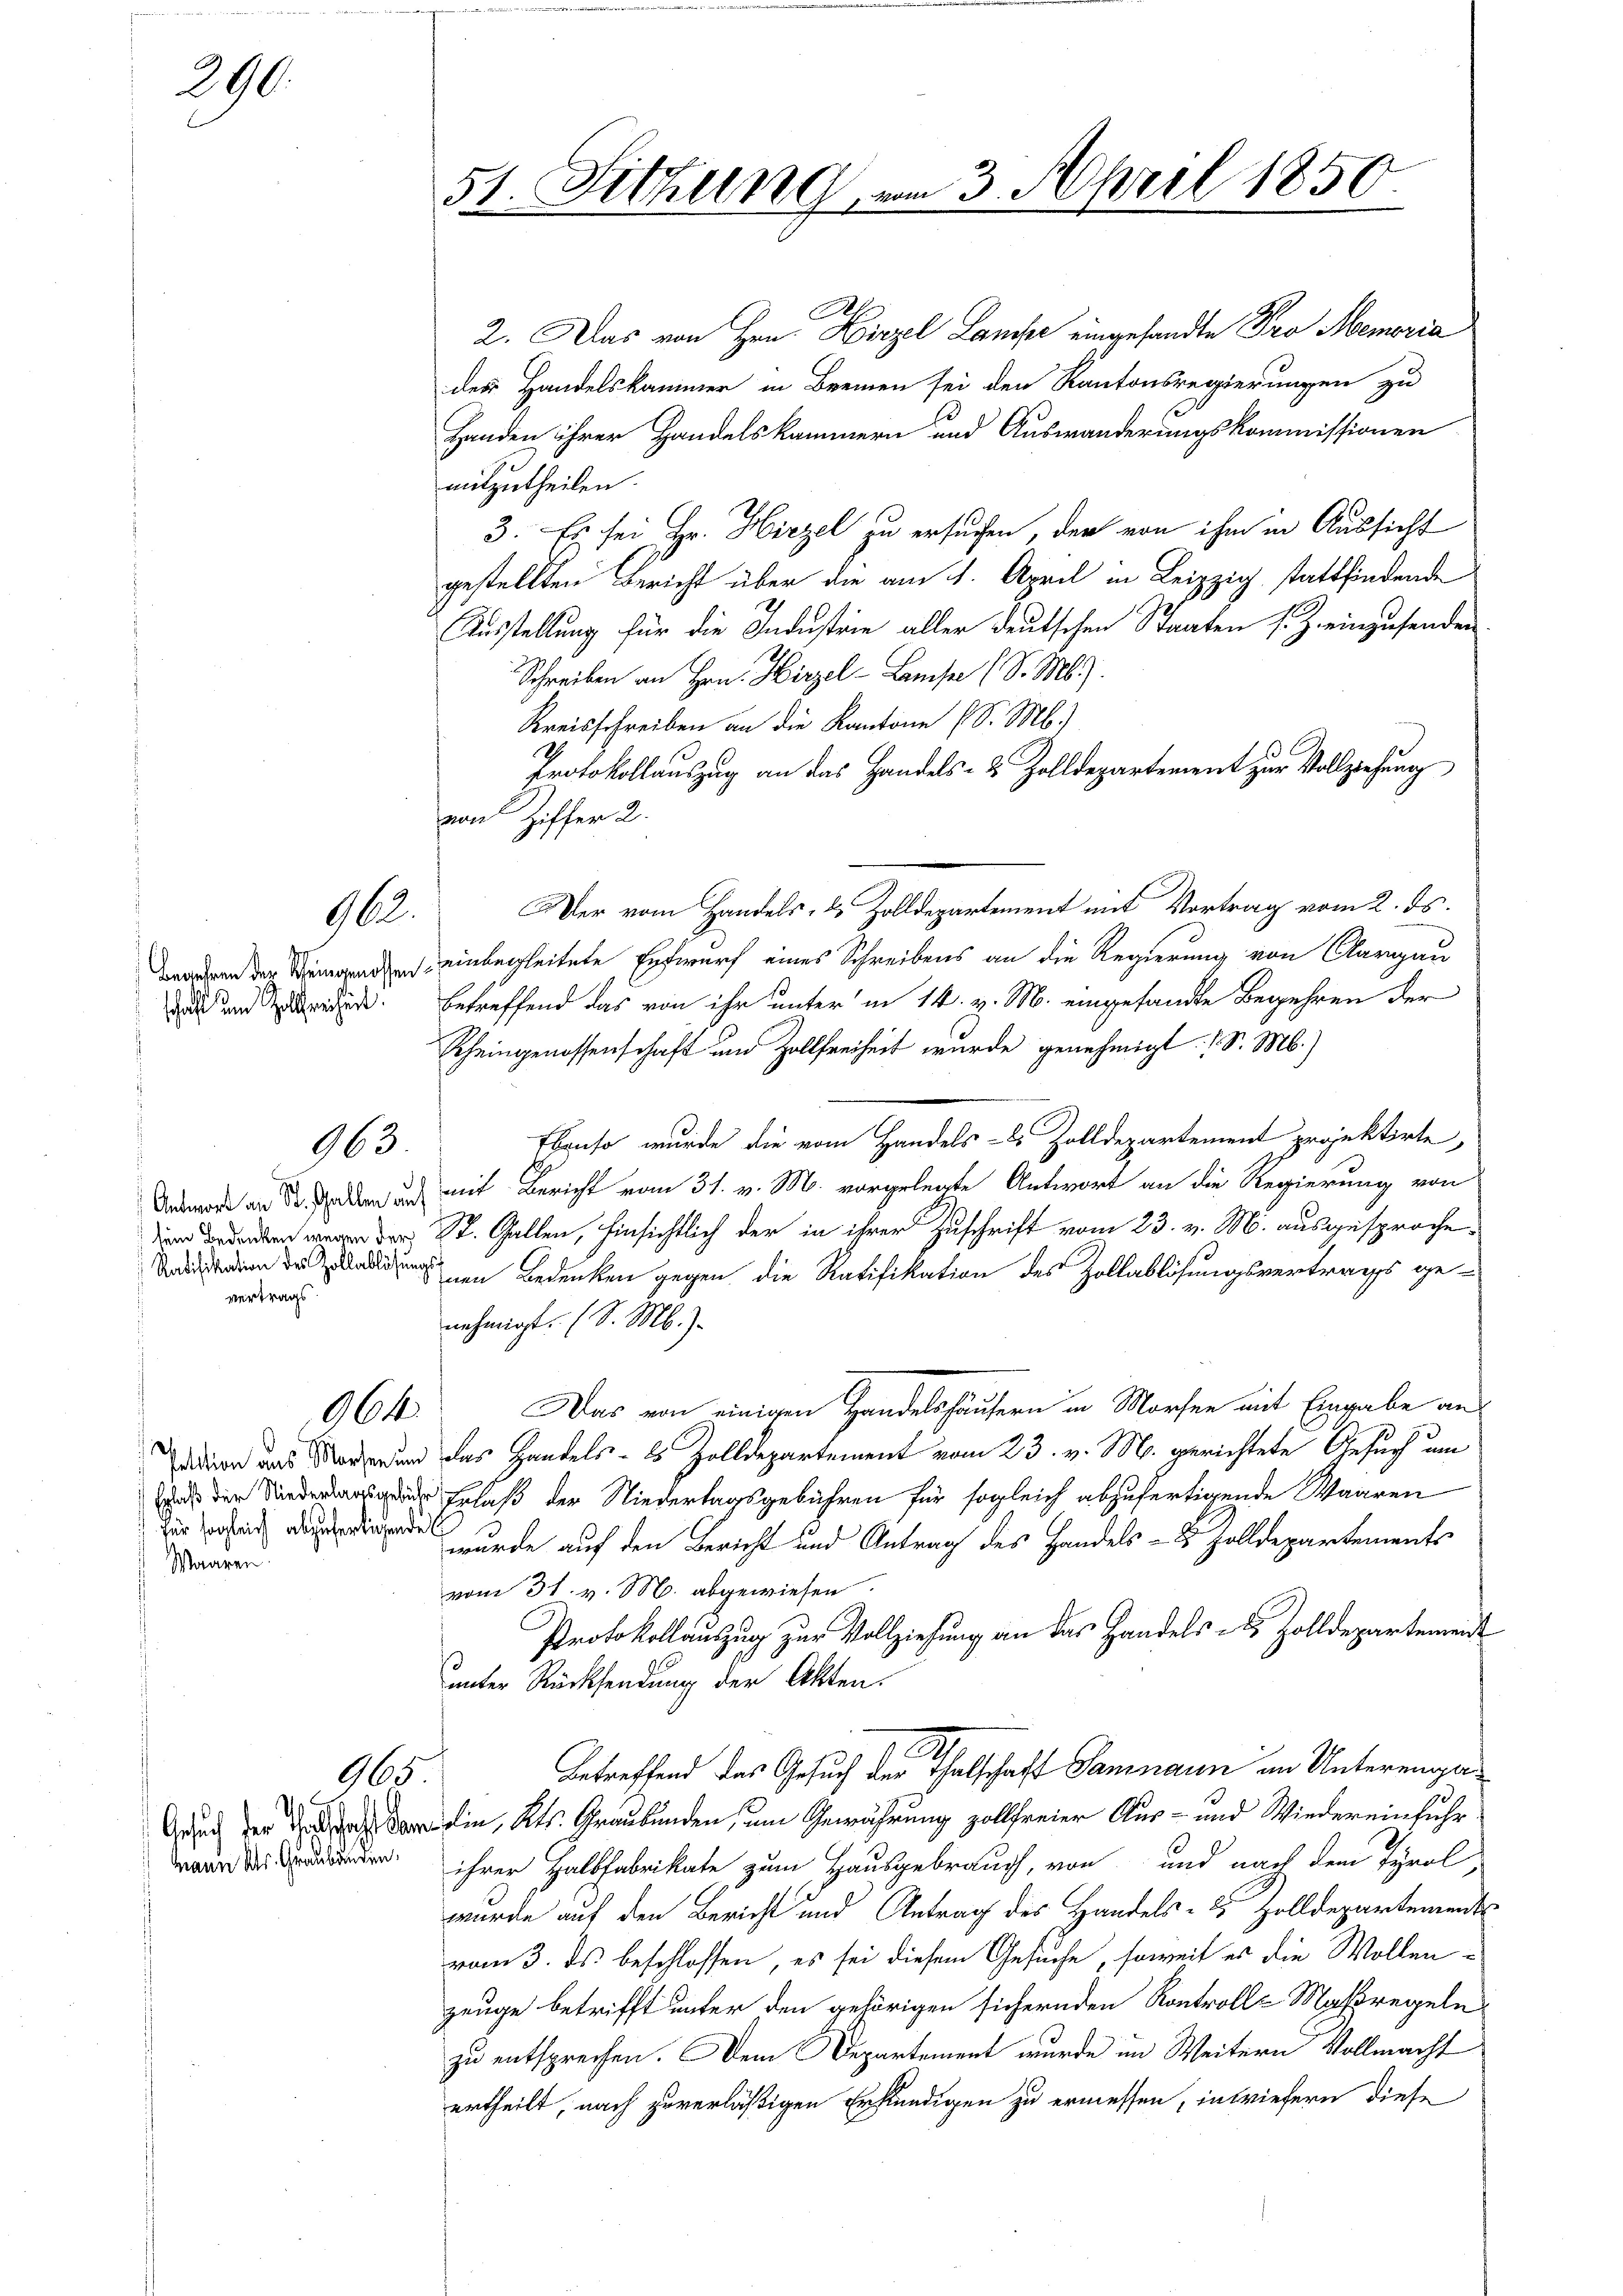
290.

Ratifikation des Zollablösungs
vertrags

962.

963.

964

für sogleich abzufertigende
Waaren.

165

.
2. Das von Hrn. Hirzel Lancke eingesandte Pro Memoria
des Handelskammer in Bremen sei den Kantonsregierungen zu
Handen ihrer Handelskammern und Auswanderungskommissionen
mitzutheilen.
3. Es sei Hr. Hirzel zu ersuchen, der von ihm in Aussicht
gestellten Bericht über die am 1. April in Leipzig, stattfindende
Ausstellung für die Industrie aller deutschen Staaten s. Z. einzusenden
Schreiben an Hrn. Hirzel-Lamsen (S. M.).
Kreisschreiben an die Kantone (S. M.)
Protokollauszug an das Handels- & Zolldepartement zur Vollziehung
von Ziffer 2.
Der vom Handels- & Zolldepartement mit Vortrag vom 2. ds.
ahen der Steinanden einbegleitete Entwurf eines Schreibens an die Regierung von Aargau
 a reden. Betreffend das von ihr unter in 14. v. M. eingesandte Begehren der
Rheingenossenschaft und Zollfreiheit wurde genehmigt. (S. M.)
Ebenso wurde die vom Handels- 2 Zolldepartement projektirte,
 an den und mit Bericht vom 31. v. M. vorgelegte Antwort an die Regierung von
St. Gallen, hinsichtlich der in ihrer Zuschrift vom 23. v. M. ausgesprochenen Bedenken gegen die Ratifikation des Zollablösungsvertrags ge-
nehmigt. (S. M.).
Das von einigen Handelshäusern in Morfen mit Eingabe an
adion und und das Handels- 2 Zolldepartement vom 23. v. M. gerichtete Gesuch um
 Erlaß der Niederlagsgebühren für sogleich abzufertigende Waaren
wurde auf den Bericht und Antrag des Handels- 8 Zolldepartements
vom 31. v. M. abgewiesen.
Protokollauszug zur Vollziehung an das Handels- & Zolldepartement
uunter Rücksendung der Akten.
Betreffend das Gesuch der Thalschaft Samnaun in Unterenga¬
Gruch der das ein, Kts. Graubünden, um Gewährung zollfreier Aus- und Wiedereinfuhr
 ihrer Halbfabrikate zum Hausgebrauch, von und nach dem Tyrol,
wurde auf den Bericht und Antrag des Handels- 85 Zolldepartements
vom 3. ds beschlossen, es sei diesem Gesuche, soweit er die Wollenzeuge betrifft unter den gehörigen sichernden Kontrolle Maßregeln
zu entsprechen. Dem Departement wurde im Weitern Vollmacht
urtheilt, nach zuverläßigen Erstündigen zu ermessen, inwiefern diese

51. Fitzing am 3. April 1850.